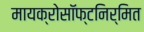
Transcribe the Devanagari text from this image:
मायक्रोसॉफ्टनिर्मित